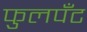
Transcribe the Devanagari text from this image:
फुलपँट